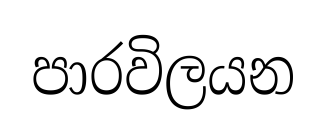
පාරවිලයන